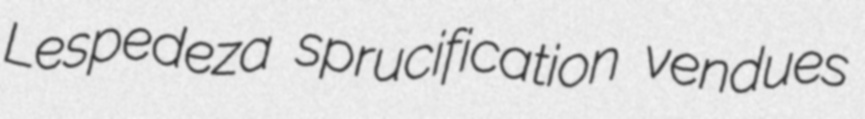
Lespedeza sprucification vendues